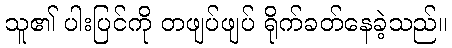
သူ၏ ပါးပြင်ကို တဖျပ်ဖျပ် ရိုက်ခတ်နေခဲ့သည်။